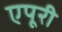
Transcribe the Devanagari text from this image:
एपूरी